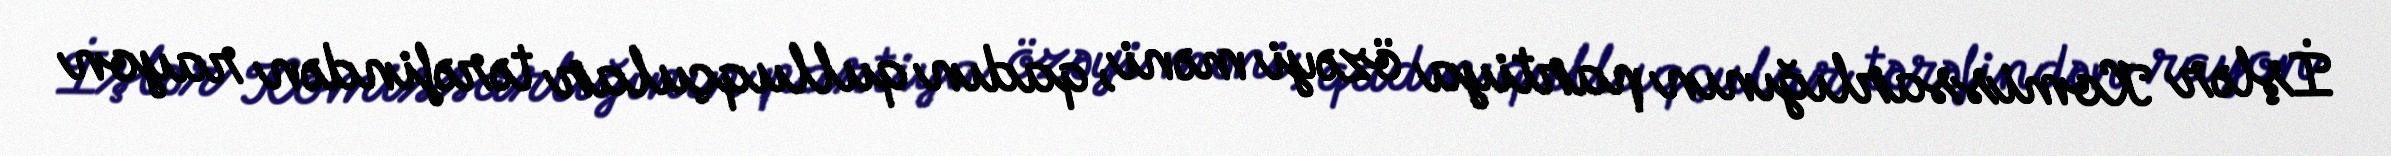
İşlər Komissarlığının partiya özəyi məni, qadın qulluqçular tərəfindən rayon